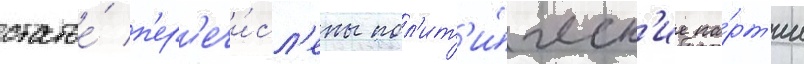
статье́ п'ер'ечи́сл'ены пол'ит'и́ческ'ие па́рт'ии